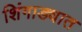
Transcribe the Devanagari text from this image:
शिंगाड्यात